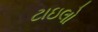
ટાઇલો